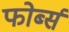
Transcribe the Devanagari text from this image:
फोर्ब्‍स